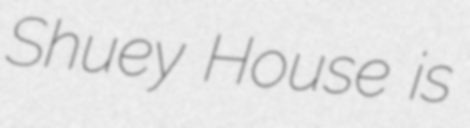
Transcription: Shuey House is